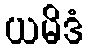
ယမိဒံ